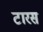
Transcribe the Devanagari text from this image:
टारस